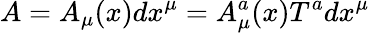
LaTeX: A=A_{\mu}(x)dx^{\mu}=A_{\mu}^{a}(x)T^{a}dx^{\mu}